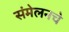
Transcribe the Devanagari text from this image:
संमेलनचे